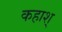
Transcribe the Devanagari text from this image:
कहाश्